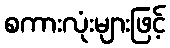
စကားလုံးများဖြင့်